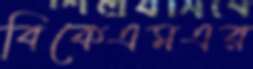
বিকেএমএর